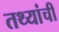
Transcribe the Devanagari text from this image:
तथ्यांची